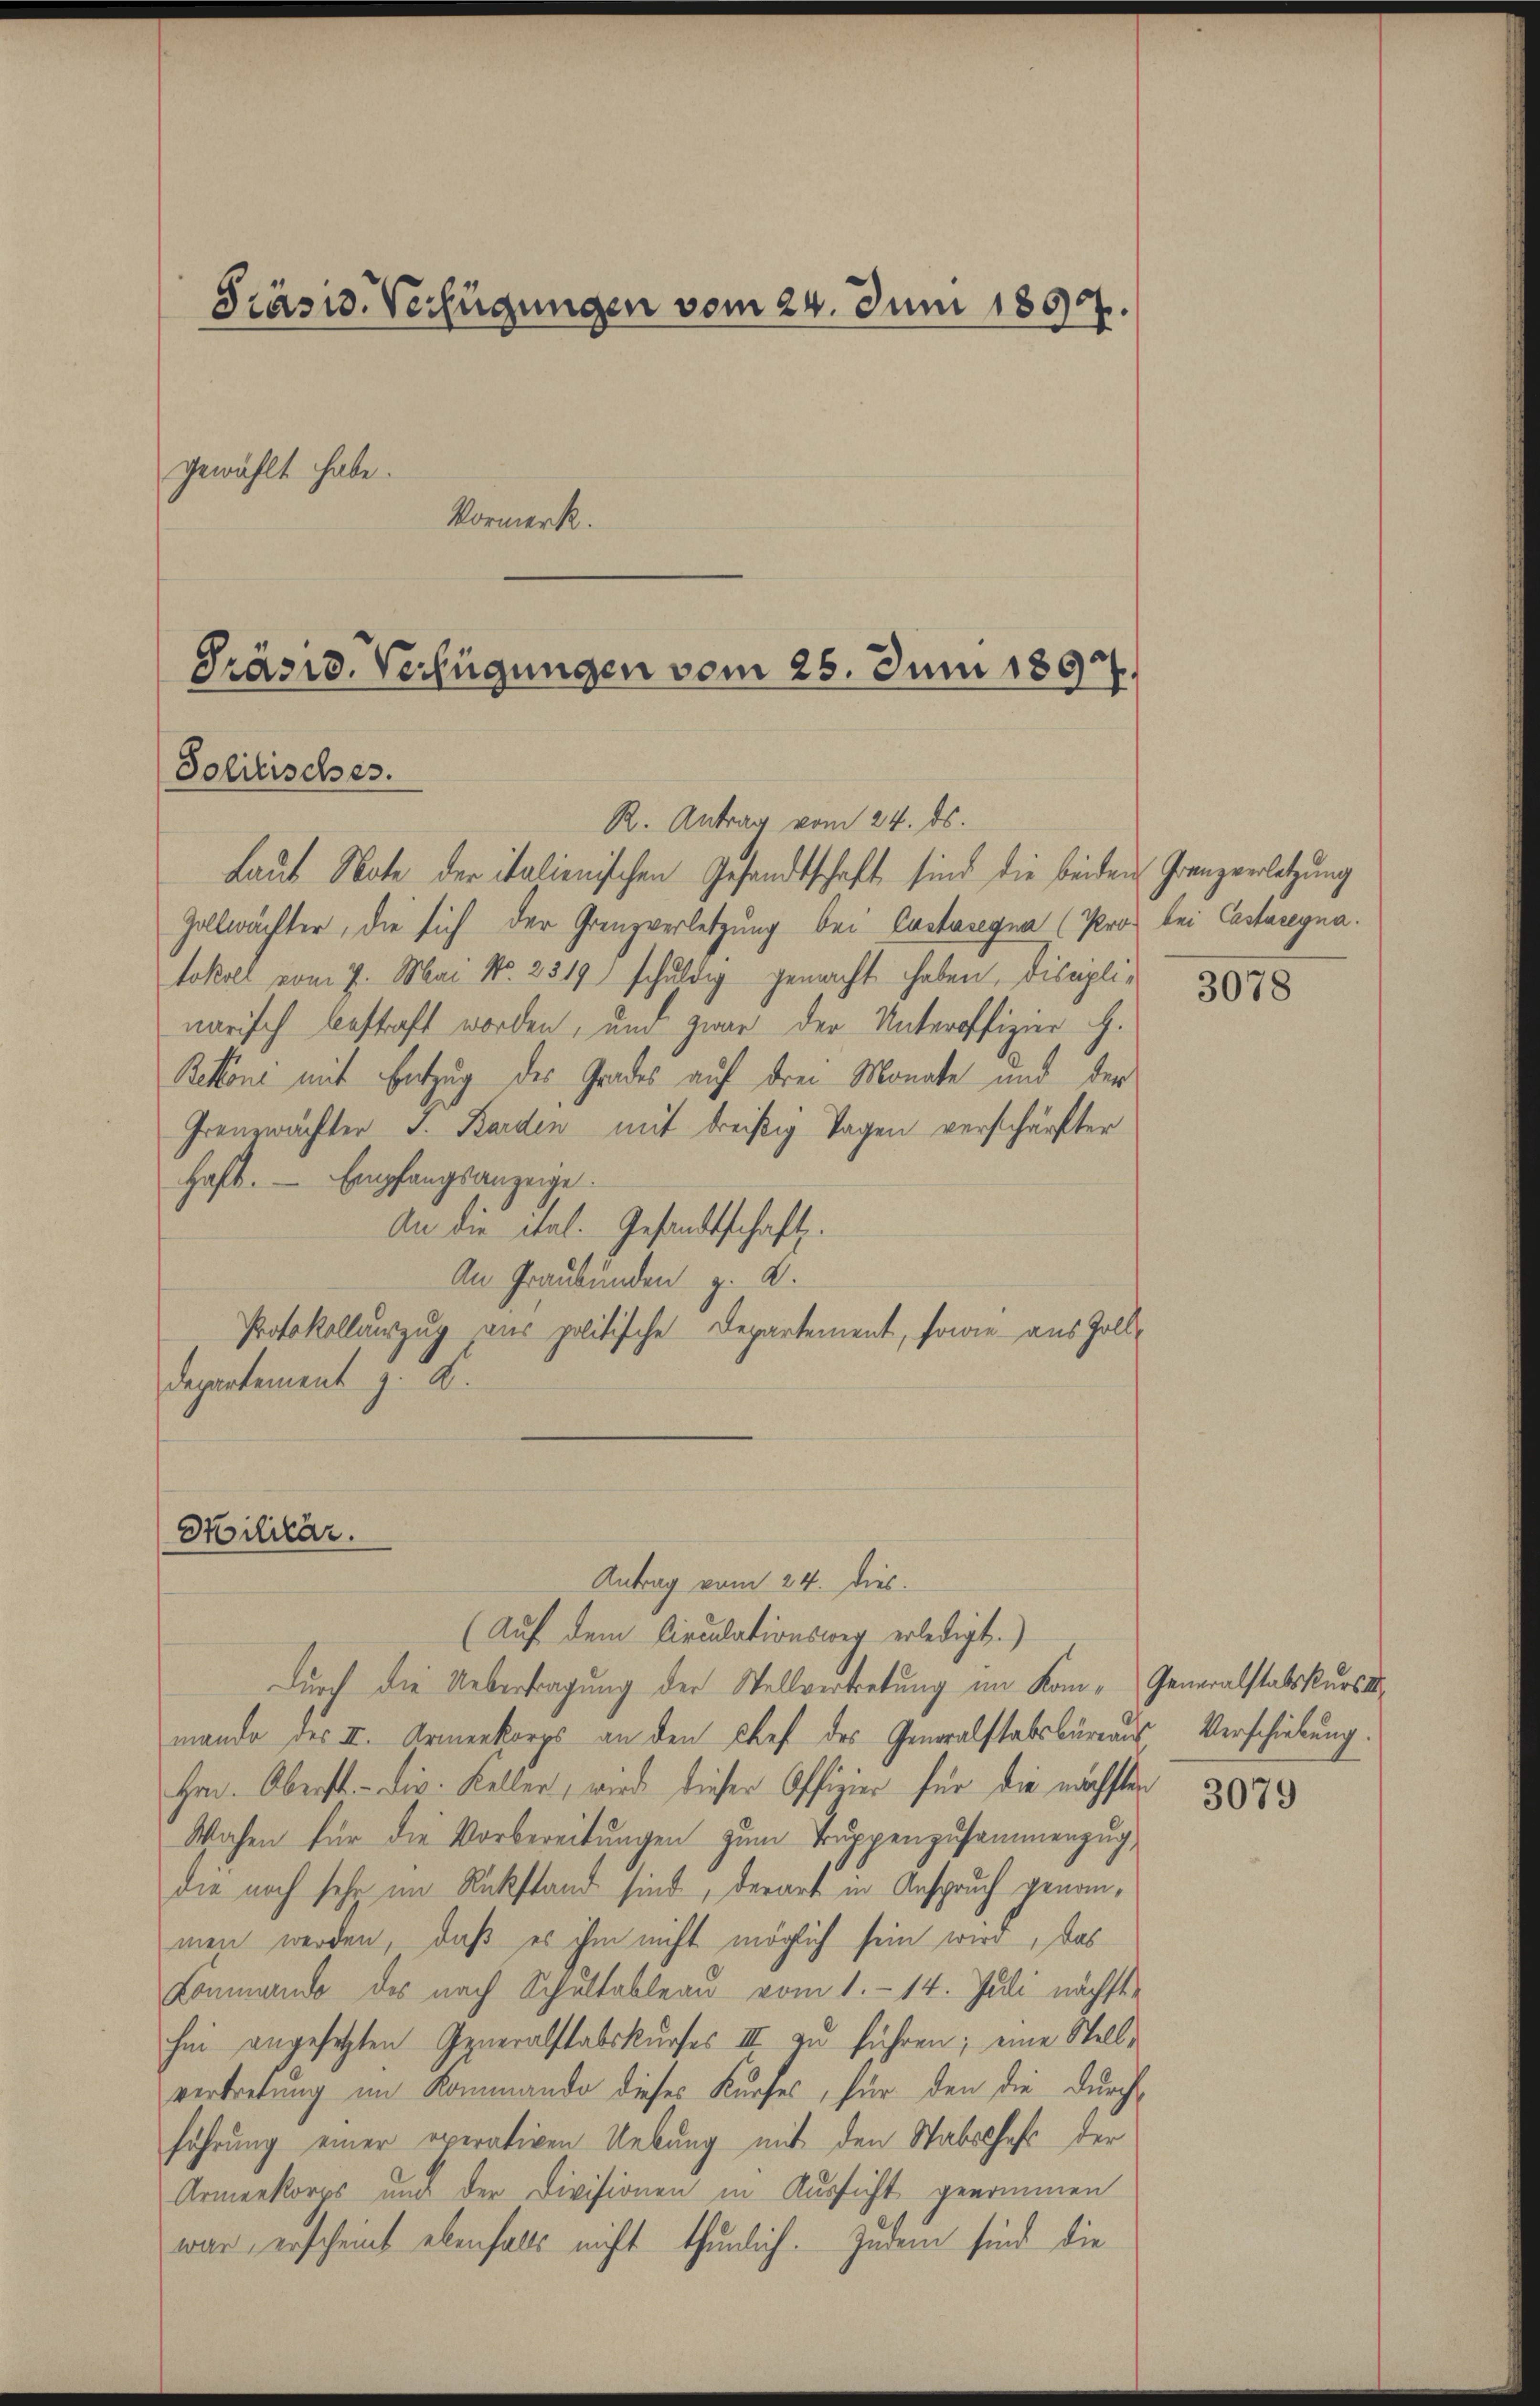
Präsid. Verfügungen vom 24. Juni 1858.
gewählt habe.
Vormerk.

Präsid. Verfügungen vom 25. Juni 1892.
Solitisches.

Zollwächter, die sich der Grenzverletzung bei Costaregna (Pros bei Castaregna
tokoll vom 7. Mai No. 2319 schuldig gemacht haben, disaplinarisch bestraft worden, und zwar der Unteroffizier h.
Betone mit Entzug des Grades auf drei Monate und der
Grenzwächter J. Borden mit dreißig Tagen verschärfter
haft. - Empfangsanzeige.
An die ital. Gesandtschaft.
An Graubünden z. B.
Protokollauszug aus politische Departement, sowie aus Zoll¬
Departement z. B.

Militär.

R. Antrag vom 24. ds.
Laut Note der italienischen Gesandtschaft sind die beiden Grenzerletzung

Antrag vom 24. Dies
(Auf dem Circulationsweg erledigt.)
Durch die Uebertragung der Stellvertretung im Kom- Generalstatskursmande des II. Armenkorps an den Chef des Generalstabsbureaus Verschiebung.
Hrn. Oberst. - Dir. Keller, wird dieser Offizier für die nächsten
Wochen für die Vorbereitungen zum Truppenzusammenzug,
die noch sehr im Rückstand sind, derart in Anspruch genommen werden, daß es ihm nicht möglich sein wird, das
Kommende des nach Schultableau vom 1. - 14. Juli nächste
hen angesetzten Generalstabskurses III zu führen; eine Stellvertretung im Kommando dieses Kurfes, für den die durch
führung einer exerativen Uebung mit den Stabelhaft der
Armenkorps und der Divisionen in Aussicht genommen
war, erscheint ebenfalls nicht thunlich. Zudem sind die

3078

3079